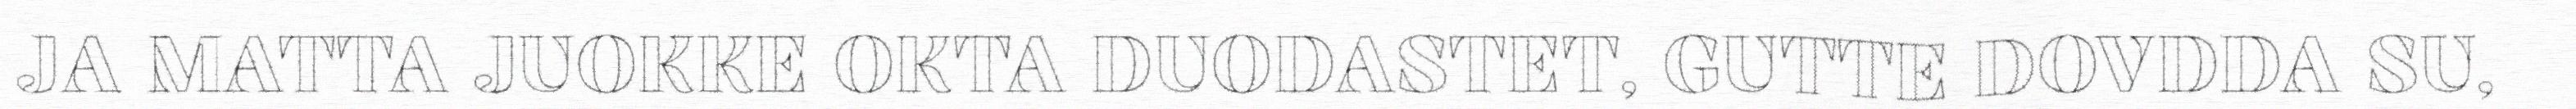
JA MATTA JUOKKE OKTA DUODASTET, GUTTE DOVDDA SU,